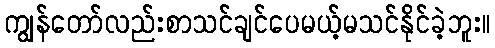
ကျွန်တော်လည်းစာသင်ချင်ပေမယ့်မသင်နိုင်ခဲ့ဘူး။